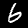
Digit: 6